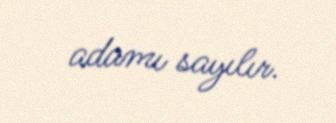
adamı sayılır.